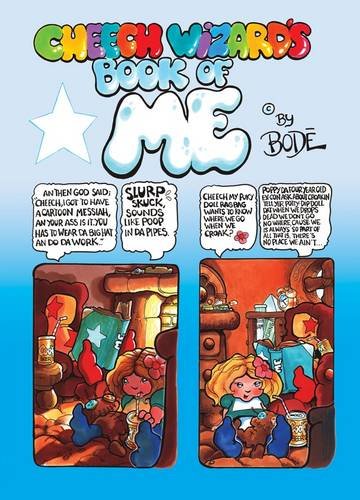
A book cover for Cheech Wizard's Book of Me; Vaughn BodÃ©; Comics & Graphic Novels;